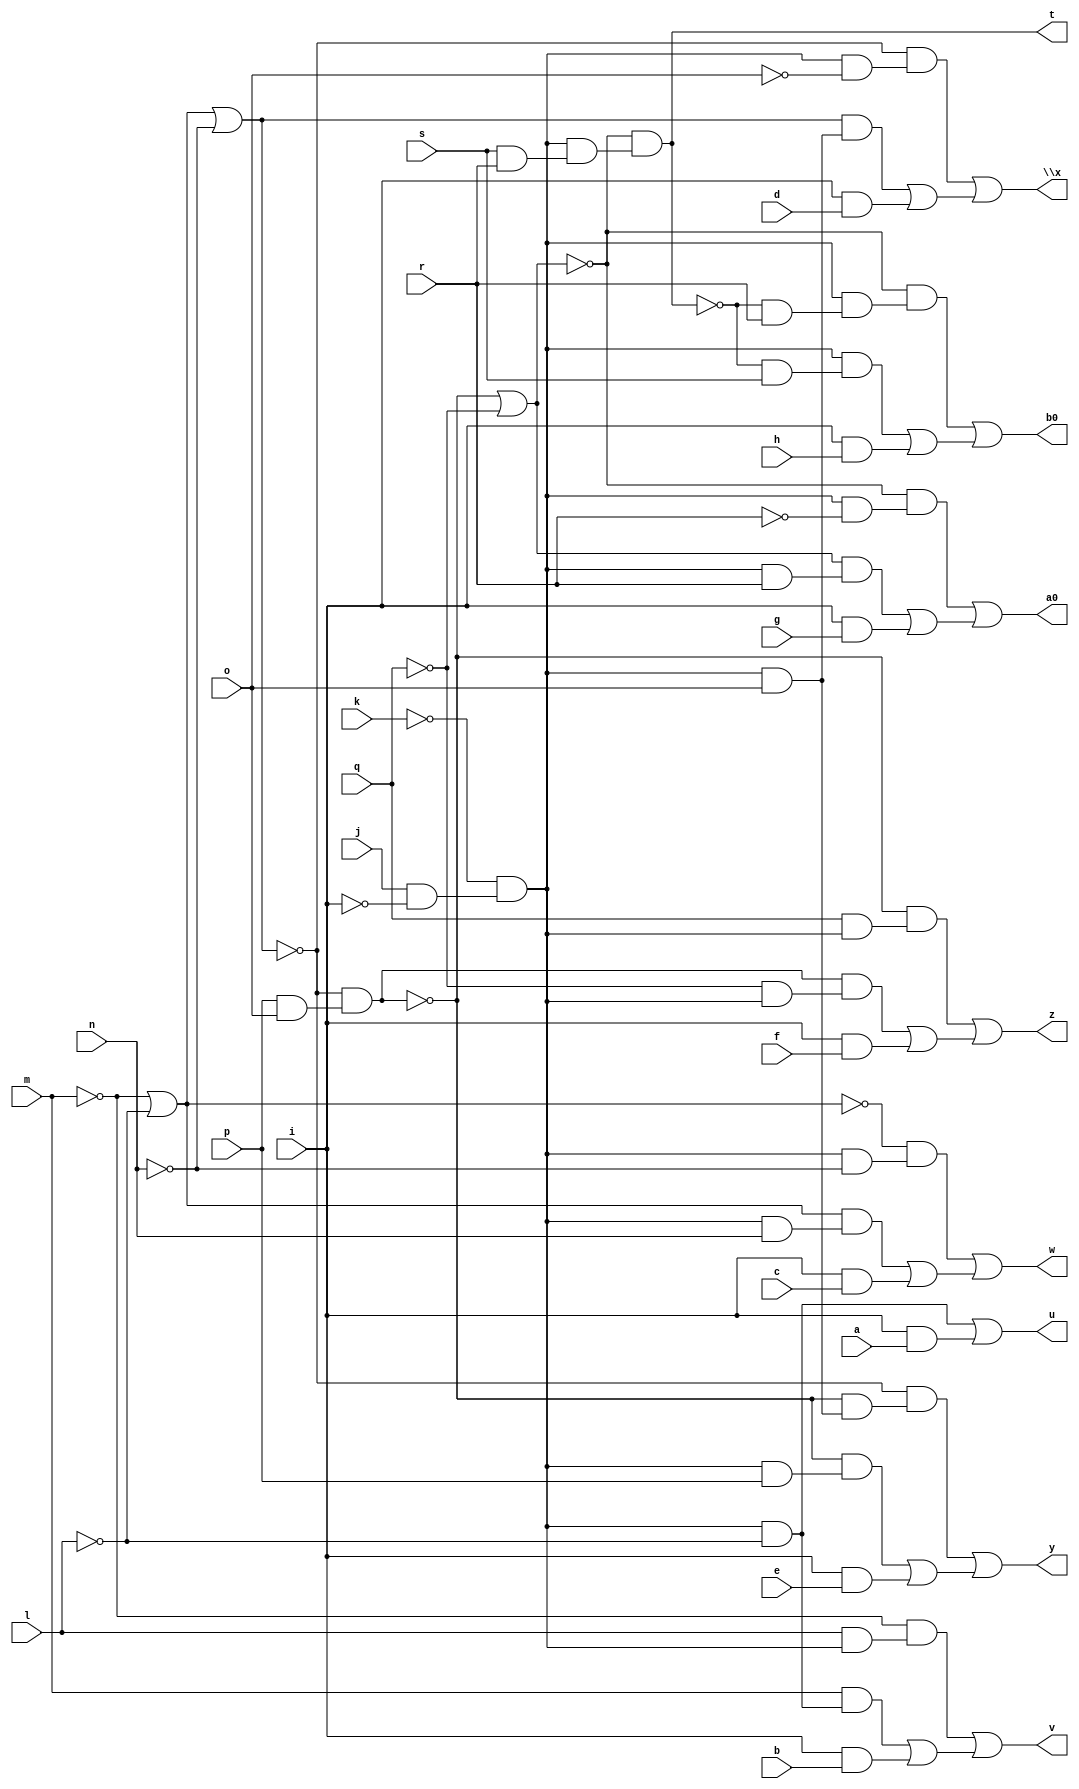
// IWLS benchmark module "pcle_cl" printed on Wed May 29 16:09:22 2002
module pcle_cl(a, b, c, d, e, f, g, h, i, j, k, l, m, n, o, p, q, r, s, t, u, v, w, \x , y, z, a0, b0);
input
  a,
  b,
  c,
  d,
  e,
  f,
  g,
  h,
  i,
  j,
  k,
  l,
  m,
  n,
  o,
  p,
  q,
  r,
  s;
output
  t,
  u,
  v,
  w,
  \x ,
  y,
  z,
  a0,
  b0;
wire
  \[7] ,
  \[8] ,
  \[9] ,
  \[10] ,
  \[0] ,
  \[11] ,
  \[1] ,
  u0,
  \[2] ,
  \[3] ,
  \[4] ,
  x0,
  \[5] ,
  \[6] ;
assign
  \[7]  = (~\[10]  & (u0 & ~r)) | ((\[10]  & (u0 & r)) | (i & g)),
  \[8]  = (~\[10]  & (u0 & (~\[0]  & r))) | ((u0 & (~\[0]  & s)) | (i & h)),
  \[9]  = ~m | ~l,
  \[10]  = ~x0 | ~q,
  \[0]  = ~\[10]  & (u0 & (s & r)),
  \[11]  = \[9]  | ~n,
  \[1]  = (u0 & ~l) | (i & a),
  u0 = ~k & (j & ~i),
  t = \[0] ,
  \[2]  = (~m & (l & u0)) | ((m & (~l & u0)) | (i & b)),
  u = \[1] ,
  v = \[2] ,
  w = \[3] ,
  \x  = \[4] ,
  y = \[5] ,
  z = \[6] ,
  \[3]  = (~\[9]  & (u0 & ~n)) | ((\[9]  & (u0 & n)) | (i & c)),
  \[4]  = (~\[11]  & (u0 & ~o)) | ((\[11]  & (u0 & o)) | (i & d)),
  a0 = \[7] ,
  x0 = ~\[11]  & (p & o),
  \[5]  = (~\[11]  & (~x0 & (u0 & o))) | ((~x0 & (u0 & p)) | (i & e)),
  b0 = \[8] ,
  \[6]  = (~x0 & (q & u0)) | ((x0 & (~q & u0)) | (i & f));
endmodule